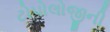
ટોપોલોજીની